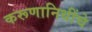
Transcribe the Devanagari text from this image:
करूणानिधींचे